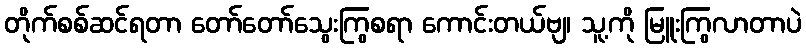
တိုက်စစ်ဆင်ရတာ တော်တော်သွေးကြွစရာ ကောင်းတယ်ဗျ၊ သူ့ကို မြူးကြွလာတာပဲ